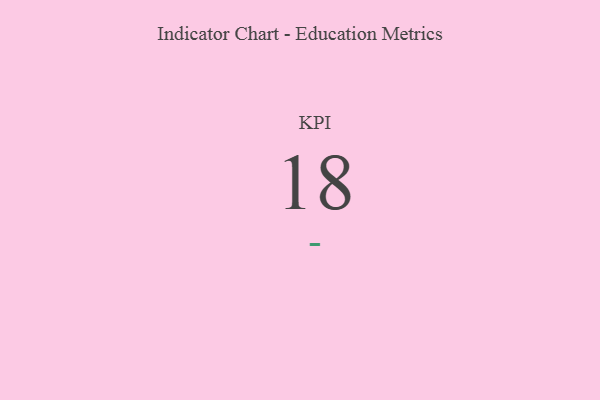
{"axis": {"x": "KPI", "y": "Value"}, "legend": [""], "data": [{"x": "KPI", "y": 18, "type": ""}]}